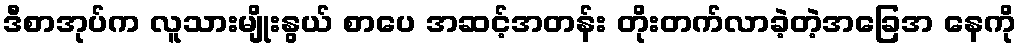
ဒီစာအုပ်က လူသားမျိုးနွယ် စာပေ အဆင့်အတန်း တိုးတက်လာခဲ့တဲ့အခြေအ နေကို